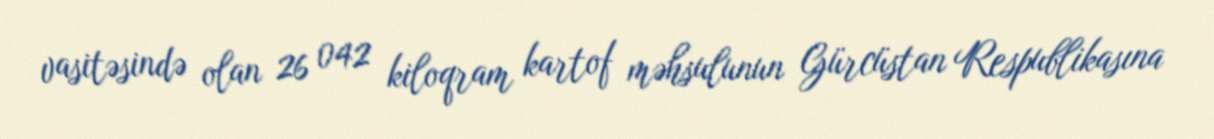
vasitəsində olan 26 042 kiloqram kartof məhsulunun Gürcüstan Respublikasına